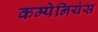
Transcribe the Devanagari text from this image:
कम्पेनियंस